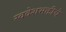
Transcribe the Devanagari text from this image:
स्वदेशभक्तीचे